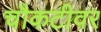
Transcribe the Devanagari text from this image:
चौकटीवर